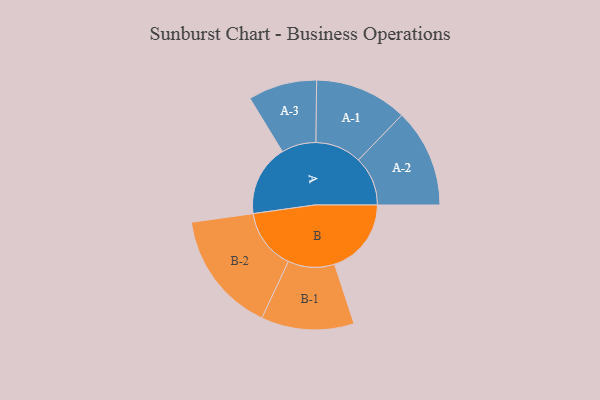
{"axis": {"x": "Segment", "y": "Value"}, "legend": ["", "A", "B"], "data": [{"x": "A", "y": 331, "type": ""}, {"x": "B", "y": 357, "type": ""}, {"x": "A-1", "y": 215, "type": "A"}, {"x": "A-2", "y": 229, "type": "A"}, {"x": "A-3", "y": 160, "type": "A"}, {"x": "B-1", "y": 216, "type": "B"}, {"x": "B-2", "y": 283, "type": "B"}]}